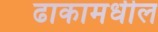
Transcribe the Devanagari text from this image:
ढाकामधील